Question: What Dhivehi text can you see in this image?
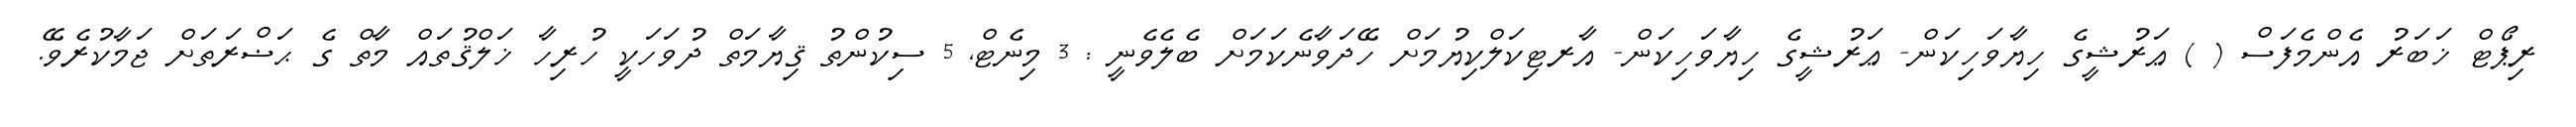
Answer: ރިޕޯޓް ޚަބަރު އެންމެފަސް ( ) ޢަރުޝީގެ ހިޔާވަހިކަން- ޢަރުޝީގެ ހިޔާވަހިކަން- އާރޓިކަލްކިޔުމަށް ހޭދަވާނެކަމަށް ބެލެވެނީ : 3 މިނެޓް, 5 ސިކުންތު ޤިޔާމަތް ދުވަހަކީ ހުރިހާ ޚަލްޤުތައް މާތް ގެ ޙަޟްރަތަށް ޖަމާކުރެވޭ.